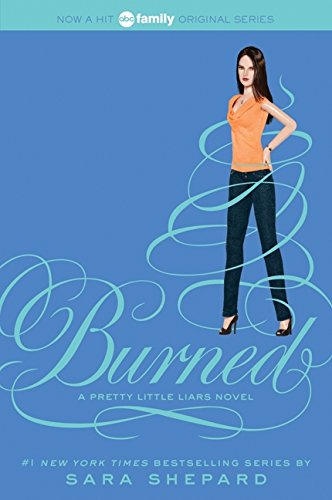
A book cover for Pretty Little Liars #12: Burned; Sara Shepard; Teen & Young Adult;